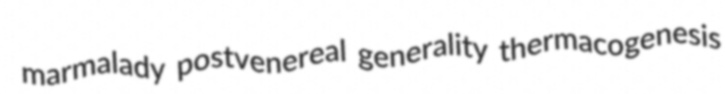
marmalady postvenereal generality thermacogenesis